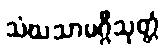
သံဃသာမဂ္ဂီသုတ္တံ